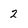
Character: 2